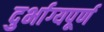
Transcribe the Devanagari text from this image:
दुर्भाग्‍यपूर्ण